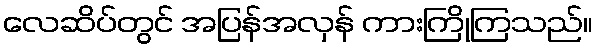
လေဆိပ်တွင် အပြန်အလှန် ကားကြိုကြသည်။